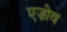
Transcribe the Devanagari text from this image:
एज़ोव